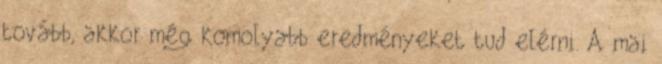
tovább, akkor még komolyabb eredményeket tud elérni. A mai